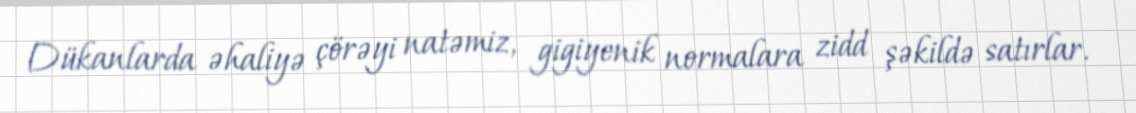
Dükanlarda əhaliyə çörəyi natəmiz, gigiyenik normalara zidd şəkildə satırlar.